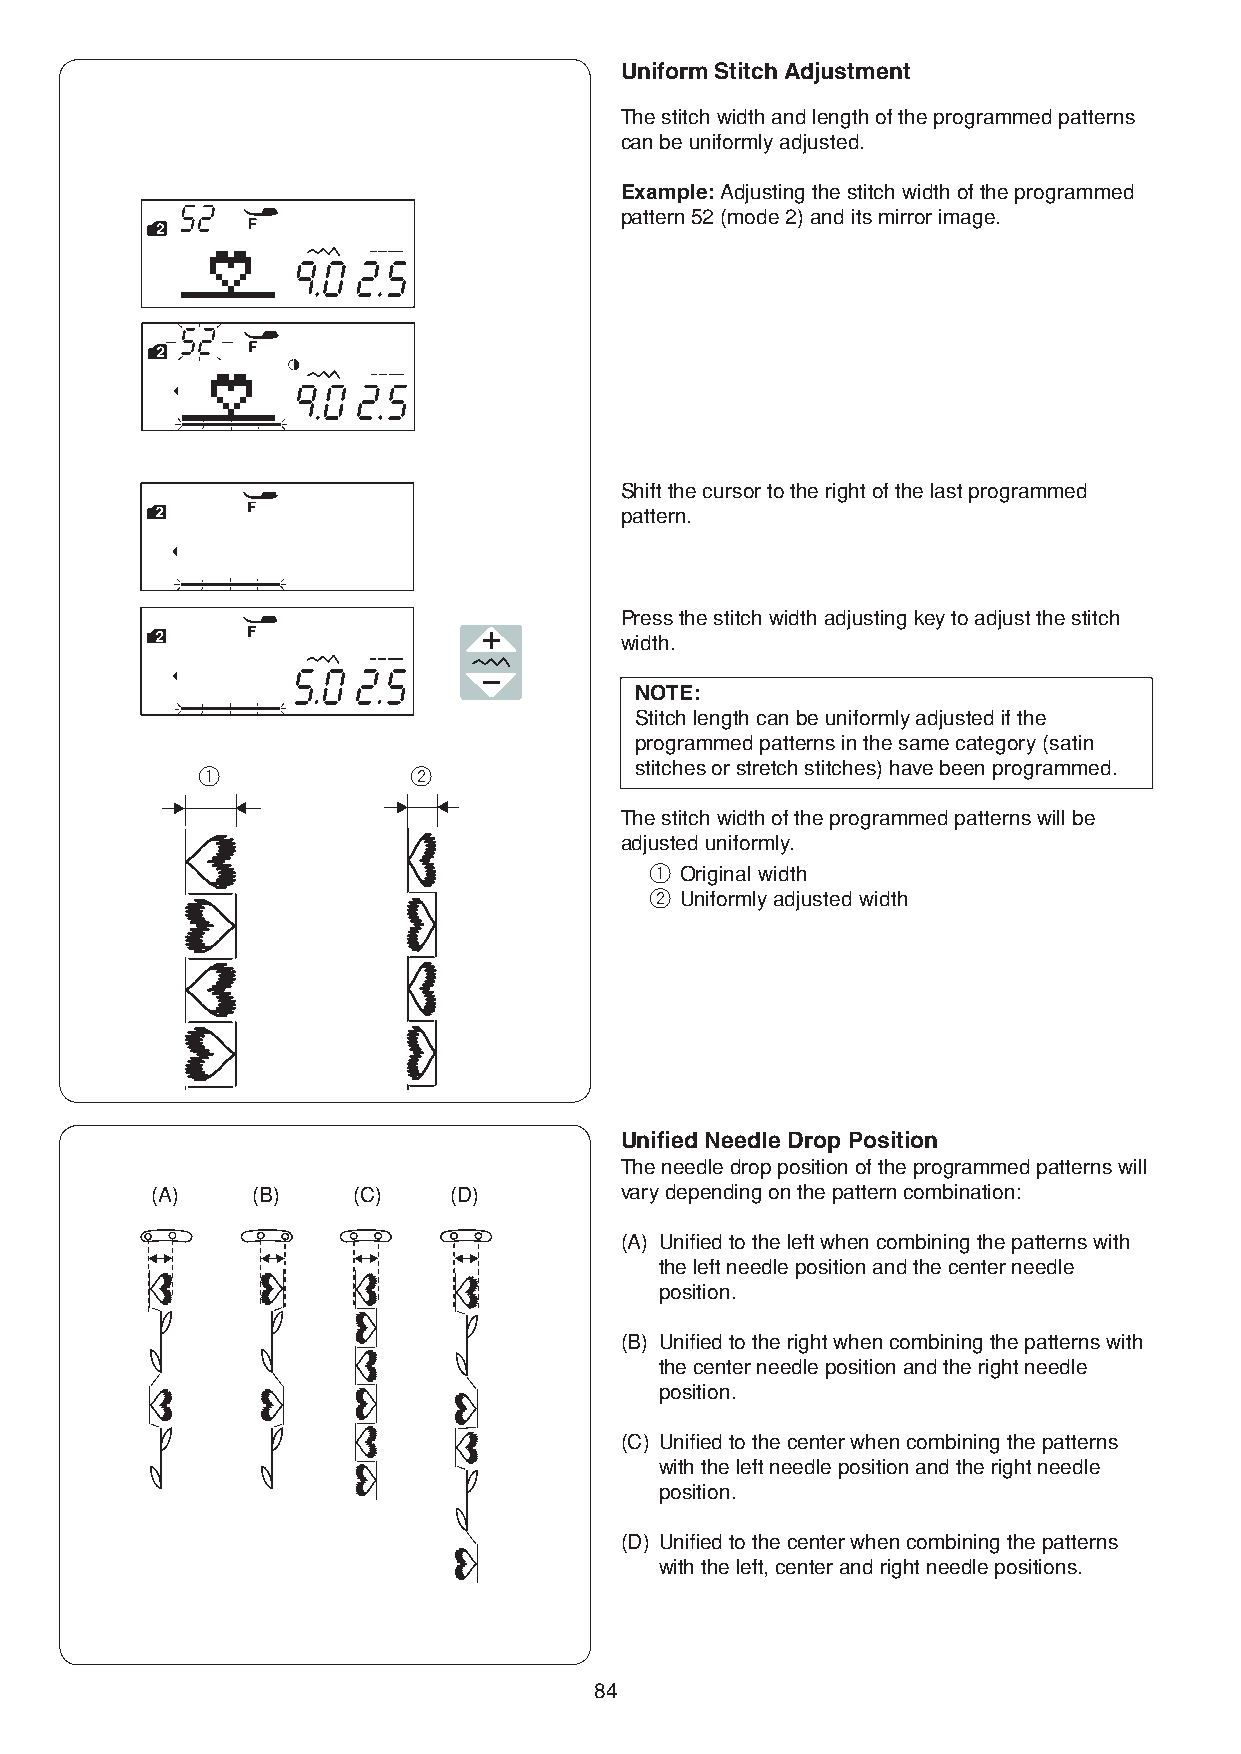
Uniform Stitch Adjustment
 The stitch width and length of the programmed patterns
 can be uniformly adjusted.
 Example: Adjusting the stitch width of the programmed
 pattern 52 (mode 2) and its mirror image.
 Shift the cursor to the right of the last programmed
 pattern.
 Press the stitch width adjusting key to adjust the stitch
 width.
 NOTE:
 Stitch length can be uniformly adjusted if the
 programmed patterns in the same category (satin
 stitches or stretch stitches) have been programmed.
 q             w
 The stitch width of the programmed patterns will be
 adjusted uniformly.
 q Original width
 w Uniformly adjusted width
 Unified Needle Drop Position
 The needle drop position of the programmed patterns will
 (A)    (B)   (C)    (D)        vary depending on the pattern combination:
 (A) Unified to the left when combining the patterns with
 the left needle position and the center needle
 position.
 (B) Unified to the right when combining the patterns with
 the center needle position and the right needle
 position.
 (C) Unified to the center when combining the patterns
 with the left needle position and the right needle
 position.
 (D) Unified to the center when combining the patterns
 with the left, center and right needle positions.
 84